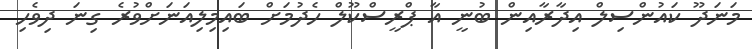
މަނަދޫ ކައުންސިލް އިދާރާއިން ބުނީ އާ ޕްރީސްކޫލް ހެދުމަށް ބައިމިލިއަނަށްވުރެ ގިނަ ދިވެހި